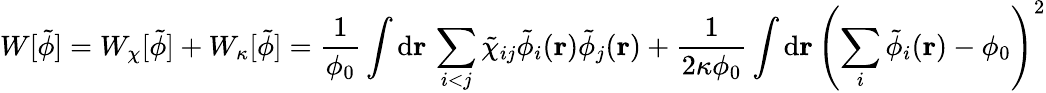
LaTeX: W[\tilde{\phi}]=W_{\chi}[\tilde{\phi}]+W_{\kappa}[\tilde{\phi}]=\frac{1}{\phi_{0}}\int\mathrm{d}\mathbf{r}\, \sum_{i<j}\tilde{\chi}_{ij}\tilde{\phi}_{i}(\mathbf{r})\tilde{\phi}_{j}(\mathbf{r})+\frac{1}{2\kappa\phi_{0}}\int\mathrm{d}\mathbf{r}\, \left(\sum_{i}\tilde{\phi}_{i}(\mathbf{r})-\phi_{0}\right)^{2}